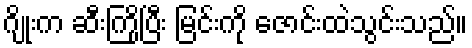
ဂျိုးက ဆီးကြိုပြီး မြင်းကို ဇောင်းထဲသွင်းသည်။